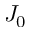
J _ { 0 }